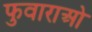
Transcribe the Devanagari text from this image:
फुवाराओ